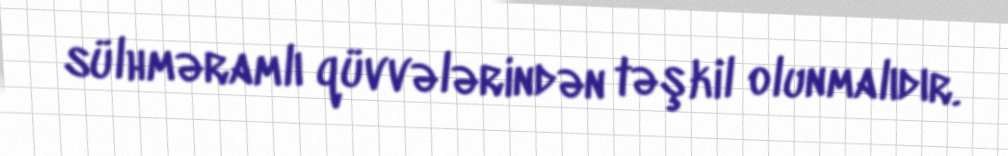
sülhməramlı qüvvələrindən təşkil olunmalıdır.